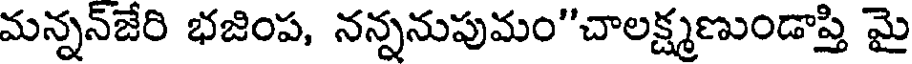
మన్నన్జేరి భజింప, నన్ననుపుమం"చాలక్ష్మణుండాప్తి మై